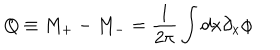
LaTeX: Q \equiv M _ { + } - M _ { - } = \frac { 1 } { 2 \pi } \int d x \partial _ { x } \phi